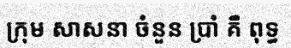
ក្រុម សាសនា ចំនួន ប្រាំ គឺ ពុទ្ធ